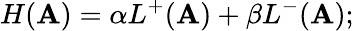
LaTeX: H(\mathbf{A})=\alpha L^{+}(\mathbf{A})+\beta L^{-}(\mathbf{A});